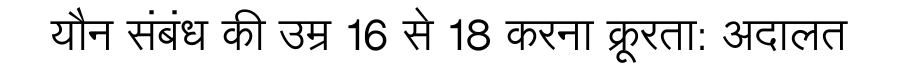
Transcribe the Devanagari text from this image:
यौन संबंध की उम्र 16 से 18 करना क्रूरता: अदालत